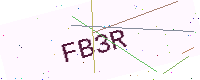
Text: FB3R